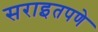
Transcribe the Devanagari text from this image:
सराइतपणे